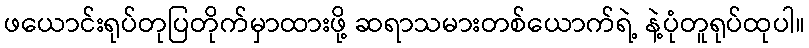
ဖယောင်းရုပ်တုပြတိုက်မှာထားဖို့ ဆရာသမားတစ်ယောက်ရဲ့ နဲ့ပုံတူရုပ်ထုပါ။